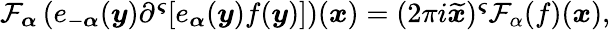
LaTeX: \begin{array}{r}{\mathcal{F}_{\boldsymbol{\alpha}}\left(e_{-\boldsymbol{\alpha}}(\boldsymbol{y}){\partial^{\boldsymbol{\varsigma}}[e_{\boldsymbol{\alpha}}(\boldsymbol{y})f(\boldsymbol{y})]}\right)(\boldsymbol{x})=(2\pi i\widetilde{\boldsymbol{x}})^{\boldsymbol{\varsigma}}\mathcal{F}_{\alpha}(f)(\boldsymbol{x}),}\end{array}